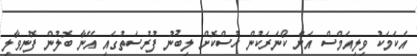
އެކަމަކު ވިލިއަމްސް އަށް ކޯނަރަކުން ހުސްކޮށް ލިބުނު ފުރުސަތުގައި އޭނާ ބޮލުން ފޮނުވާލި